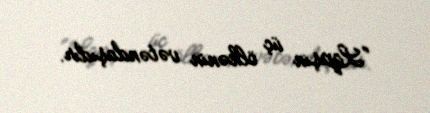
“Lapşin üç ölkənin vətəndaşıdır.